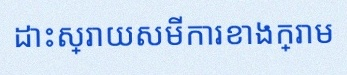
ដោះស្រាយសមីការខាងក្រោម